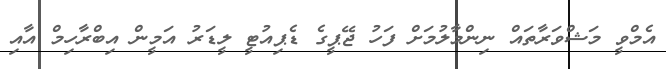
އެމްވީ މަޝްވަރާތައް ނިންމާލުމަށް ފަހު ޖޭޕީގެ ޑެޕިއުޓީ ލީޑަރު އަމީން އިބްރާހިމް އާއި